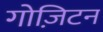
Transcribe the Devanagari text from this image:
गोज़िटन